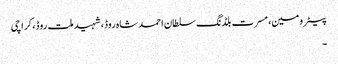
پیٹرومین، مسرت بلڈنگ سلطان احمد شاہ روڈ، شہید ملت روڈ، کراچی
۔